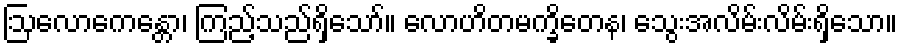
ဩလောကေန္တော၊ ကြည့်သည်ရှိသော်။ လောဟိတမက္ခိတေန၊ သွေးအလိမ်းလိမ်းရှိသော။